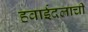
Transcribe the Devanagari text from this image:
हवाईदलाची